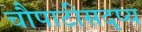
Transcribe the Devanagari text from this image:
चौपाटीसदृष्य